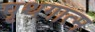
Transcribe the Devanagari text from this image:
पृथगात्म